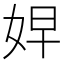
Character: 𭑷